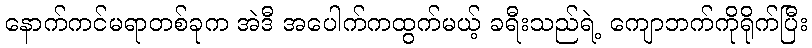
နောက်ကင်မရာတစ်ခုက အဲဒီ အပေါက်ကထွက်မယ့် ခရီးသည်ရဲ့ ကျောဘက်ကိုရိုက်ပြီး